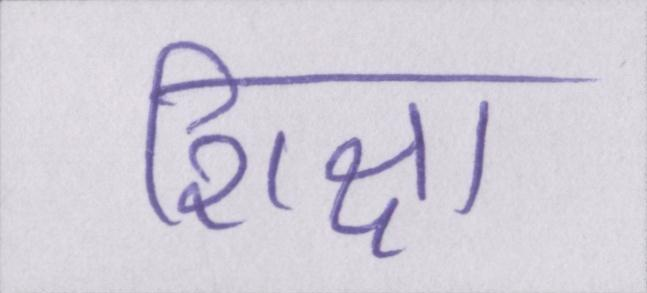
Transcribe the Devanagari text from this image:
शिक्षा